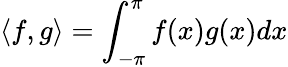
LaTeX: \langle f,g\rangle=\int_{-\pi}^{\pi}f(x)g(x)dx